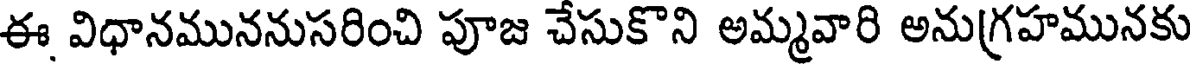
ఈ విధానముననుసరించి పూజ చేసుకొని అమ్మవారి అనుగ్రహమునకు